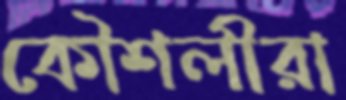
কৌশলীরা